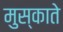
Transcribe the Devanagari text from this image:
मुस्काते